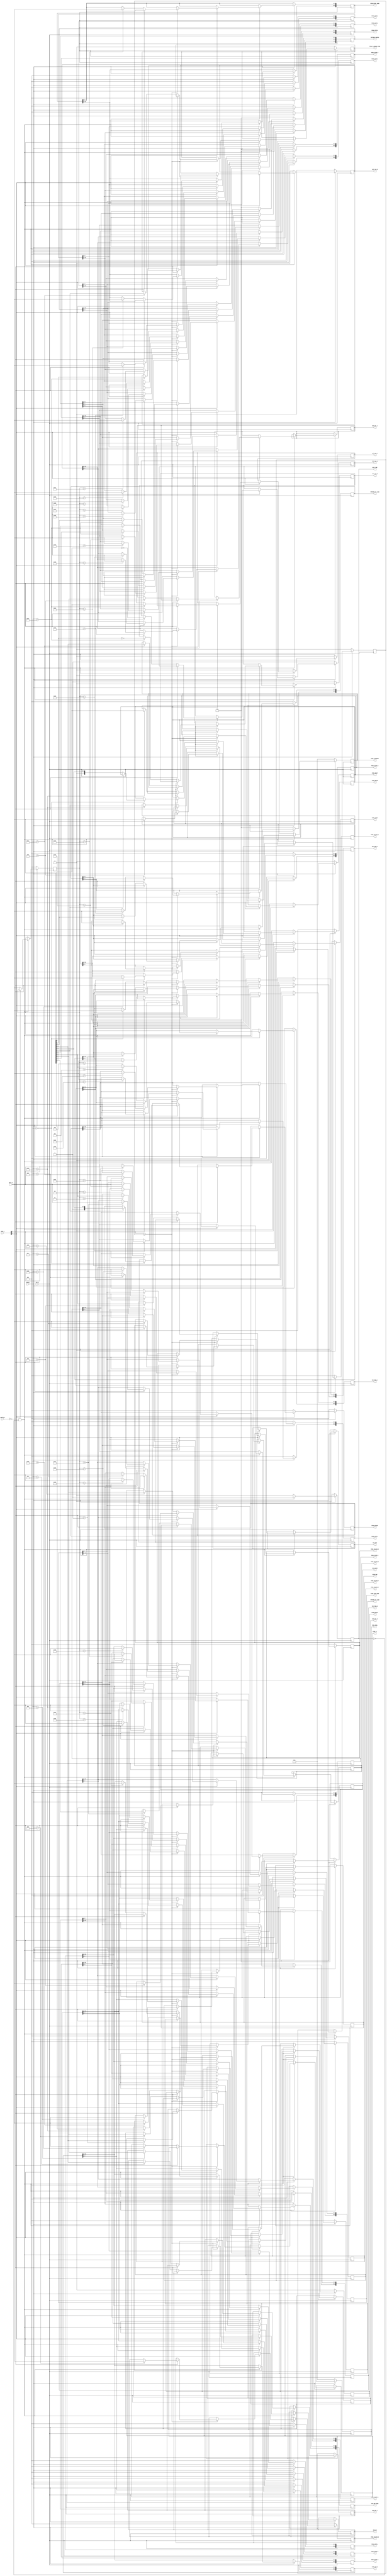
// NeoGeo logic definition (simulation only)
// Copyright (C) 2018 Sean Gonsalves
//
// This program is free software: you can redistribute it and/or modify
// it under the terms of the GNU General Public License as published by
// the Free Software Foundation, either version 3 of the License, or
// (at your option) any later version.
//
// This program is distributed in the hope that it will be useful,
// but WITHOUT ANY WARRANTY; without even the implied warranty of
// MERCHANTABILITY or FITNESS FOR A PARTICULAR PURPOSE.  See the
// GNU General Public License for more details.
//
// You should have received a copy of the GNU General Public License
// along with this program.  If not, see <https://www.gnu.org/licenses/>.

`timescale 1ns/1ns

module ym_regs(
	input PHI_M,
	input nRESET,
	
	input nWRITE_S,
	input [1:0] ADDR_S,
	input [7:0] DATA_S,
	output reg BUSY_MMR,
	
	// SSG
	output reg [11:0] SSG_FREQ_A,
	output reg [11:0] SSG_FREQ_B,
	output reg [11:0] SSG_FREQ_C,
	output reg [4:0] SSG_NOISE,
	output reg [5:0] SSG_EN,
	output reg [4:0] SSG_VOL_A,
	output reg [4:0] SSG_VOL_B,
	output reg [4:0] SSG_VOL_C,
	output reg [15:0] SSG_ENV_FREQ,
	output reg [3:0] SSG_ENV,
	
	// Timer
	output reg [9:0] YMTIMER_TA_LOAD,
	output reg [7:0] YMTIMER_TB_LOAD,
	output reg [5:0] YMTIMER_CONFIG,
	output reg clr_run_A, set_run_A, clr_run_B, set_run_B,
	
	// ADPCM-A
	output reg [7:0] PCMA_KEYON,
	output reg [7:0] PCMA_KEYOFF,
	output reg [5:0] PCMA_MVOL,
	output reg [7:0] PCMA_VOLPAN_A,
	output reg [7:0] PCMA_VOLPAN_B,
	output reg [7:0] PCMA_VOLPAN_C,
	output reg [7:0] PCMA_VOLPAN_D,
	output reg [7:0] PCMA_VOLPAN_E,
	output reg [7:0] PCMA_VOLPAN_F,
	output reg [15:0] PCMA_START_A,
	output reg [15:0] PCMA_START_B,
	output reg [15:0] PCMA_START_C,
	output reg [15:0] PCMA_START_D,
	output reg [15:0] PCMA_START_E,
	output reg [15:0] PCMA_START_F,
	output reg [15:0] PCMA_STOP_A,
	output reg [15:0] PCMA_STOP_B,
	output reg [15:0] PCMA_STOP_C,
	output reg [15:0] PCMA_STOP_D,
	output reg [15:0] PCMA_STOP_E,
	output reg [15:0] PCMA_STOP_F,
	output reg [5:0] PCMA_FLAGMASK,
	output reg PCMA_FLAGMASK_PCMB,
	
	// ADPCM-B
	output reg PCMB_RESET, PCMB_REPEAT, PCMB_START,
	output reg [1:0] PCMB_PAN,
	output reg [15:0] PCMB_START_ADDR,
	output reg [15:0] PCMB_STOP_ADDR,
	output reg [15:0] PCMB_DELTA,
	output reg [7:0] PCMB_TL
);

	// Internal - Seems there's only one address register + 1-bit reg to select part A/B
	reg [7:0] REG_ADDR;
	reg PART;
	
	// FM (todo)
	reg [3:0] FM_LFO;
	reg [7:0] FM_KEYON;
	reg [6:0] FM_DTMUL[3:0];
	reg [6:0] FM_TL[3:0];
	reg [7:0] FM_KSAR[3:0];
	reg [7:0] FM_AMDR[3:0];
	reg [4:0] FM_SR[3:0];
	reg [7:0] FM_SLRR[3:0];
	reg [3:0] FM_SSGEG[3:0];
	reg [13:0] FM_FNUM13;
	reg [13:0] FM_FNUM24;
	reg [13:0] FM_2FNUM13;
	reg [13:0] FM_2FNUM24;
	reg [5:0] FM_FBALGO13;
	reg [5:0] FM_FBALGO24;
	reg [7:0] FM_PAN13;
	reg [7:0] FM_PAN24;
	

	always @(posedge PHI_M)
	begin
		if (!nRESET)
		begin
			// Registers init
			// Registers inits
			BUSY_MMR <= 0;
			REG_ADDR <= 0;			// ?
			PART <= 0;				// ?
			PCMA_FLAGMASK <= 0;
			PCMA_FLAGMASK_PCMB <= 0;
			PCMA_KEYON <= 0;
			PCMA_KEYOFF <= 0;
			PCMA_MVOL <= 0;
			PCMA_VOLPAN_A <= 0;
			PCMA_VOLPAN_B <= 0;
			PCMA_VOLPAN_C <= 0;
			PCMA_VOLPAN_D <= 0;
			PCMA_VOLPAN_E <= 0;
			PCMA_VOLPAN_F <= 0;
			PCMA_START_A <= 0;
			PCMA_START_B <= 0;
			PCMA_START_C <= 0;
			PCMA_START_D <= 0;
			PCMA_START_E <= 0;
			PCMA_START_F <= 0;
			PCMA_STOP_A <= 0;
			PCMA_STOP_B <= 0;
			PCMA_STOP_C <= 0;
			PCMA_STOP_D <= 0;
			PCMA_STOP_E <= 0;
			PCMA_STOP_F <= 0;
			
			PCMB_RESET <= 0;
			PCMB_REPEAT <= 0;
			PCMB_START <= 0;
			PCMB_PAN <= 0;
			
			// Timers
			{ YMTIMER_TA_LOAD, YMTIMER_TB_LOAD } <= 18'd0;
			YMTIMER_CONFIG <= 6'd0;
			{ clr_run_A, clr_run_B, set_run_A, set_run_B } <= 4'b1100;
		end
		else
		begin
			if (!nWRITE_S && !BUSY_MMR)
			begin
				// CPU write
				BUSY_MMR <= 1'b1;
				if (!ADDR_S[0])			// Set address
				begin
					REG_ADDR <= DATA_S;
					PART <= ADDR_S[1];
					if (!ADDR_S[1])
						$display("YM2610 part A address register %H", DATA_S);	// DEBUG
					else
						$display("YM2610 part B address register %H", DATA_S);	// DEBUG
				end
				else							// Set register data
				begin
					if (ADDR_S[1] == PART)	// This is correct, ADDR_S[1] needs to match set PART value
					begin
						if (!ADDR_S[1])
						begin
							$display("YM2610 part A set register %H to %H", REG_ADDR, DATA_S);	// DEBUG
							case (REG_ADDR)
								8'h00: SSG_FREQ_A[7:0] <= DATA_S;
								8'h01: SSG_FREQ_A[11:8] <= DATA_S[3:0];
								8'h02: SSG_FREQ_B[7:0] <= DATA_S;
								8'h03: SSG_FREQ_B[11:8] <= DATA_S[3:0];
								8'h04: SSG_FREQ_C[7:0] <= DATA_S;
								8'h05: SSG_FREQ_C[11:8] <= DATA_S[3:0];
								8'h06: SSG_NOISE <= DATA_S[4:0];
								8'h07: SSG_EN <= DATA_S[5:0];
								8'h08: SSG_VOL_A <= DATA_S[4:0];
								8'h09: SSG_VOL_B <= DATA_S[4:0];
								8'h0A: SSG_VOL_C <= DATA_S[4:0];
								8'h0B: SSG_ENV_FREQ[7:0] <= DATA_S;
								8'h0C: SSG_ENV_FREQ[15:8] <= DATA_S;
								8'h0D: SSG_ENV <= DATA_S[3:0];
			
					8'h10:
								begin
									PCMB_RESET <= DATA_S[0];
									PCMB_REPEAT <= DATA_S[4];
									PCMB_START <= DATA_S[7];
								end
								8'h11: PCMB_PAN <= DATA_S[7:6];
								8'h12: PCMB_START_ADDR[7:0] <= DATA_S;
								8'h13: PCMB_START_ADDR[15:8] <= DATA_S;
								8'h14: PCMB_STOP_ADDR[7:0] <= DATA_S;
								8'h15: PCMB_STOP_ADDR[15:8] <= DATA_S;
								8'h19: PCMB_DELTA[7:0] <= DATA_S;
								8'h1A: PCMB_DELTA[15:8] <= DATA_S;
								8'h1B: PCMB_TL <= DATA_S;
								
								8'h1C:
								begin
									PCMA_FLAGMASK <= DATA_S[5:0];
									PCMA_FLAGMASK_PCMB <= DATA_S[7];
								end
							
								8'h24: YMTIMER_TA_LOAD[7:0] <= DATA_S;
								8'h25: YMTIMER_TA_LOAD[9:8] <= DATA_S[1:0];
								8'h26: YMTIMER_TB_LOAD <= DATA_S;
								8'h27:
								begin
									// CSM <= DATA_S[7];
									
									YMTIMER_CONFIG <= DATA_S[5:0];
									clr_run_A <= ~DATA_S[0];
									set_run_A <= DATA_S[0];
									clr_run_B <= ~DATA_S[1];
									set_run_B <= DATA_S[1];
								end
								
								// FM: Todo
								
								// Default needed
							endcase
						end
						else
						begin
							$display("YM2610 part B set register %H to %H", REG_ADDR, DATA_S);	// DEBUG
							case (REG_ADDR)
					8'h00:
								begin
									if (!DATA_S[7])
										PCMA_KEYON <= DATA_S;
									else
										PCMA_KEYOFF <= DATA_S;
								end
								8'h01: PCMA_MVOL <= DATA_S[5:0];
								
								8'b00001000: PCMA_VOLPAN_A <= DATA_S;
								8'b00001001: PCMA_VOLPAN_B <= DATA_S;
								8'b00001010: PCMA_VOLPAN_C <= DATA_S;
								8'b00001011: PCMA_VOLPAN_D <= DATA_S;
								8'b00001100: PCMA_VOLPAN_E <= DATA_S;
								8'b00001101: PCMA_VOLPAN_F <= DATA_S;
								
								8'b00010000: PCMA_START_A[7:0] <= DATA_S;
								8'b00010001: PCMA_START_B[7:0] <= DATA_S;
								8'b00010010: PCMA_START_C[7:0] <= DATA_S;
								8'b00010011: PCMA_START_D[7:0] <= DATA_S;
								8'b00010100: PCMA_START_E[7:0] <= DATA_S;
								8'b00010101: PCMA_START_F[7:0] <= DATA_S;
								
								8'b00011000: PCMA_START_A[15:8] <= DATA_S;
								8'b00011001: PCMA_START_B[15:8] <= DATA_S;
								8'b00011010: PCMA_START_C[15:8] <= DATA_S;
								8'b00011011: PCMA_START_D[15:8] <= DATA_S;
								8'b00011100: PCMA_START_E[15:8] <= DATA_S;
								8'b00011101: PCMA_START_F[15:8] <= DATA_S;
								
								8'b00100000: PCMA_STOP_A[7:0] <= DATA_S;
								8'b00100001: PCMA_STOP_B[7:0] <= DATA_S;
								8'b00100010: PCMA_STOP_C[7:0] <= DATA_S;
								8'b00100011: PCMA_STOP_D[7:0] <= DATA_S;
								8'b00100100: PCMA_STOP_E[7:0] <= DATA_S;
								8'b00100101: PCMA_STOP_F[7:0] <= DATA_S;
								
								8'b00101000: PCMA_STOP_A[15:8] <= DATA_S;
								8'b00101001: PCMA_STOP_B[15:8] <= DATA_S;
								8'b00101010: PCMA_STOP_C[15:8] <= DATA_S;
								8'b00101011: PCMA_STOP_D[15:8] <= DATA_S;
								8'b00101100: PCMA_STOP_E[15:8] <= DATA_S;
								8'b00101101: PCMA_STOP_F[15:8] <= DATA_S;
								
								// Default needed
							endcase
						end
					end
				end
			end
			else
			begin
				BUSY_MMR	<= 0;		// DEBUG
				YMTIMER_CONFIG[5:4] <= 2'd0;
				YMTIMER_CONFIG[1:0] <= 2'd0;
				PCMA_KEYON <= 0;	// ?
				PCMA_KEYOFF <= 0;	// ?
				PCMB_RESET <= 0;	// ?
				PCMB_START <= 0;	// ?
				{ clr_run_A, clr_run_B, set_run_A, set_run_B } <= 4'd0;
			end
		end
	end
	
endmodule